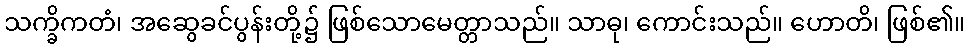
သက္ခိကတံ၊ အဆွေခင်ပွန်းတို့၌ ဖြစ်သောမေတ္တာသည်။ သာဓု၊ ကောင်းသည်။ ဟောတိ၊ ဖြစ်၏။